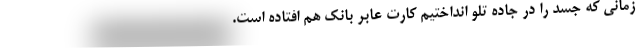
زمانی که جسد را در جاده تلو انداختیم کارت عابر بانک هم افتاده است.